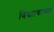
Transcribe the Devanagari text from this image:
विधात्याच्या